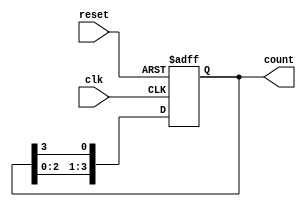
module ring_counter #(
    parameter n = 4  // Number of flip-flops (can be changed as needed)
)(
    input wire clk,     // Clock signal
    input wire reset,   // Asynchronous reset signal
    output reg [n-1:0] count // Output of the ring counter
);

// Always block triggered on the rising edge of the clock or reset
always @(posedge clk or posedge reset) begin
    if (reset) begin
        // Asynchronous reset: set all bits to 0
        count <= {n{1'b0}}; // Set all bits to 0
    end else begin
        // Shift the '1' to the left and wrap around
        count <= {count[n-2:0], count[n-1]};
    end
end

// Initial block for simulation purposes
initial begin
    count = {n{1'b0}}; // Initialize count to 0
    count[0] = 1'b1;   // Set the first flip-flop to 1
end

endmodule